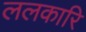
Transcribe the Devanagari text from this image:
ललकारि